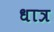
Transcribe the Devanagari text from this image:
धात्र